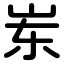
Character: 岽